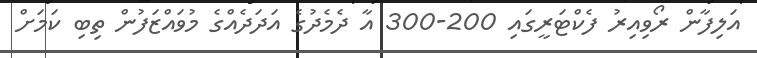
އަލިފާން ރޯވިއިރު ފެކްޓަރީގައި 200-300 އާ ދެމެދުގެ އަދަދެއްގެ މުވައްޒަފުން ތިބި ކަމަށް